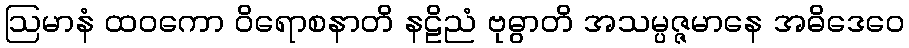
ဩမာနံ ထဝကော ဝိရောစနာတိ နဠိညံ ဗုဓွာတိ အသမ္ပဇ္ဇမာနေ အဓိဒေဝေ